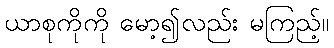
ယာစုကိုကို မော့၍လည်း မကြည့်။